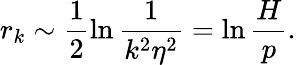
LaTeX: r_{k}\sim\frac{1}{2}\ln\frac{1}{k^{2}\eta^{2}}=\ln\frac{H}{p}.